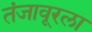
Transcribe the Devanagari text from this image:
तंजावूरला